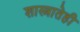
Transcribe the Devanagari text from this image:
शास्त्रातेही